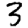
Digit: 3